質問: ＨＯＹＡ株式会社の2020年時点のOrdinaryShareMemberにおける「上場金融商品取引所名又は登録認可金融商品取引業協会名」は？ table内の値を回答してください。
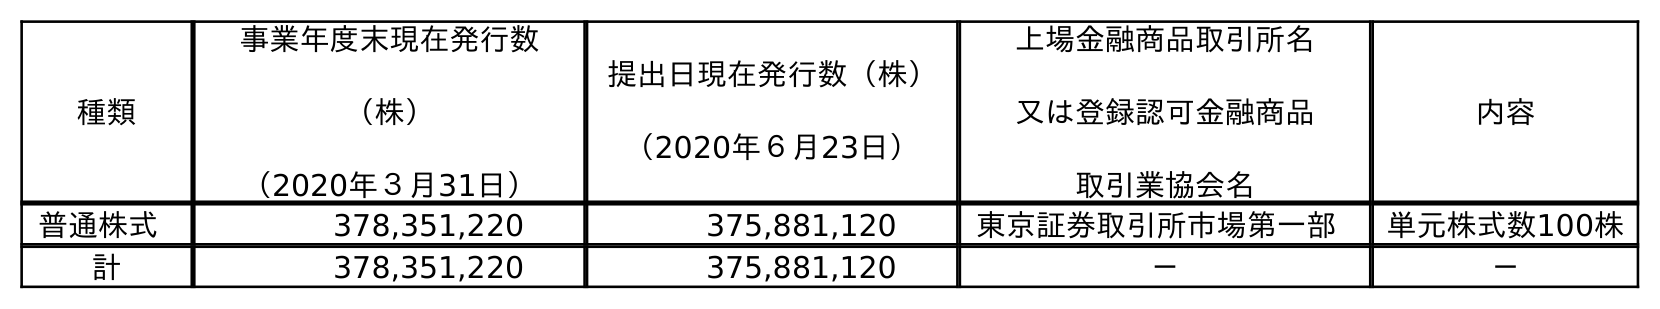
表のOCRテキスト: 種類 事業年度末現在発行数 （株） （2020年３月31日） 提出日現在発行数（株） （2020年６月23日） 上場金融商品取引所名 又は登録認可金融商品 取引業協会名 内容 普通株式 378,351,220 375,881,120 東京証券取引所市場第一部 単元株式数100株 計 378,351,220 375,881,120 － －
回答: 東京証券取引所市場第一部